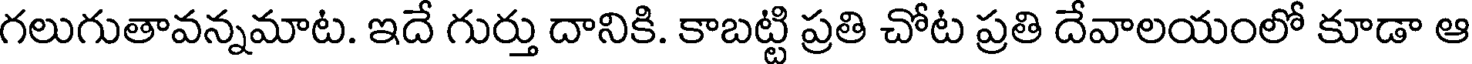
గలుగుతావన్నమాట. ఇదే గుర్తు దానికి. కాబట్టి ప్రతి చోట ప్రతి దేవాలయంలో కూడా ఆ